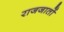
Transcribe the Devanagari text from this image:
राजजातों